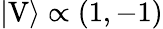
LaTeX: |\mathrm{V}\rangle\propto(1,-1)